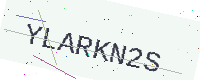
Text: YLARKN2S